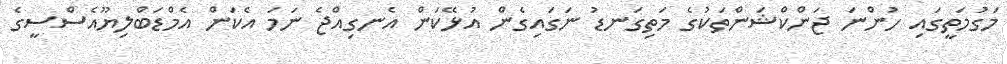
މަގުމަތީގައި ހުންނަ ޖަންކްޝަންތަކުގެ މަތިގަނޑު ނަގައިގެން އުޅޭކަން އެނގިއްޖެ ނަމަ އެކަން އެމްޑަބްލިޔޫއެސްސީގެ